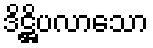
ဒိဋ္ဌိပလာသော